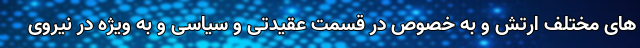
های مختلف ارتش و به خصوص در قسمت عقیدتی و سیاسی و به ویژه در نیروی